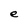
Character: e